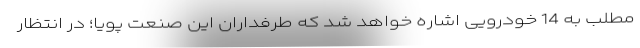
مطلب به 14 خودرویی اشاره خواهد شد که طرفداران این صنعت پویا؛ در انتظار